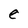
Character: e